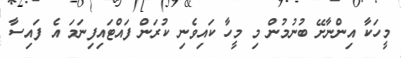
މީހަކާ އިންނާށޭ ބުނުމުން މި މީހާ ކައިވެނި ކުރަން ފައްޓައިފިނަމަ އެ ފައިސާ